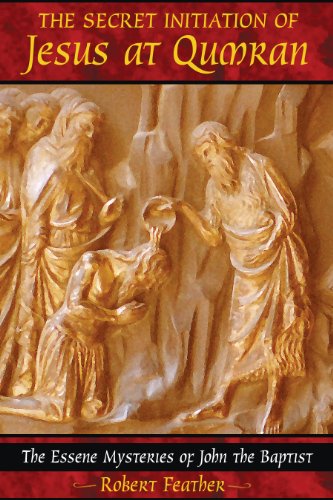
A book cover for The Secret Initiation of Jesus at Qumran: The Essene Mysteries of John the Baptist; Robert Feather; Christian Books & Bibles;